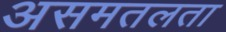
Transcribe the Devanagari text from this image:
असमतलता